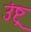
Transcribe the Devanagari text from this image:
उंष्ट्र